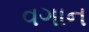
વગાન